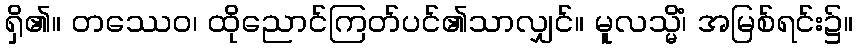
ရှိ၏။ တဿေဝ၊ ထိုညောင်ကြတ်ပင်၏သာလျှင်။ မူလသ္မိံ၊ အမြစ်ရင်း၌။